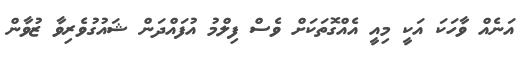
އަނެއް ވާހަކަ އަކީ މިއީ އެއްގޮތަކަށް ވެސް ފިލްމު އުފައްދަން ޝައުގުވެރިވާ ޒުވާން